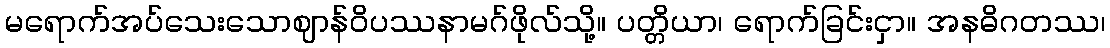
မရောက်အပ်သေးသောဈာန်ဝိပဿနာမဂ်ဖိုလ်သို့။ ပတ္တိယာ၊ ရောက်ခြင်းငှာ။ အနဓိဂတဿ၊